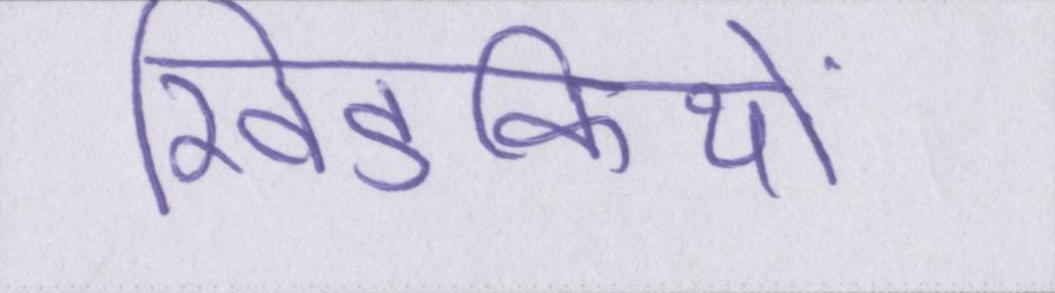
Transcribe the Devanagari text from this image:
खिडकियों